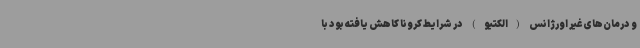
و درمان‌های غیر اورژانس (الکتیو) در شرایط کرونا کاهش یافته بود با